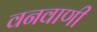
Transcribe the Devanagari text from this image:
वनवाणी